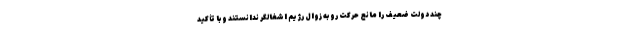
چند دولت ضعیف را مانع حرکت رو به زوال رژیم اشغالگر ندانستند و با تأکید